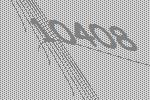
10408